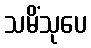
သမိံသုပေ